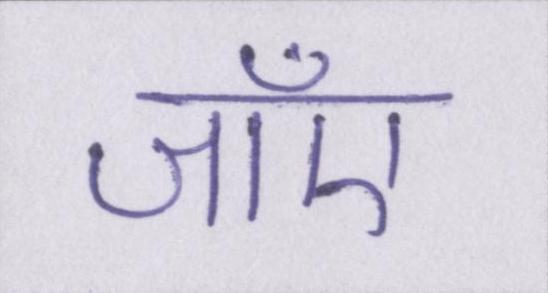
जाँए